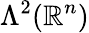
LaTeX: \Lambda^{2}(\mathbb{R}^{n})